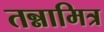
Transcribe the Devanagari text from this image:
तन्नामित्र